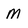
Character: M